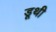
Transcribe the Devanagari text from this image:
डूथी